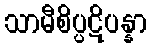
သာမီစိပ္ပဋိပန္နာ